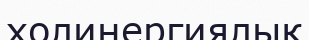
холинергиялық